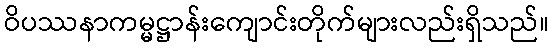
ဝိပဿနာကမ္မဋ္ဌာန်းကျောင်းတိုက်များလည်းရှိသည်။